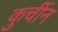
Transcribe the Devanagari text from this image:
कुर्चीन